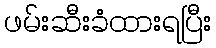
ဖမ်းဆီးခံထားရပြီး